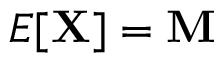
E [ \mathbf { X } ] = \mathbf { M }